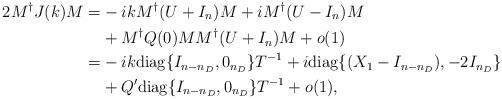
LaTeX: \begin{align*} 2 M^\dag J(k) M=&-{ik} M^\dag(U+I_n) M+iM^\dag(U-I_n) M\\&+M^\dag Q(0)M M^\dag(U+I_n) M+o(1)\\ =&-ik{\rm diag}\{I_{n-n_D},0_{n_D}\}T^{-1}+i{\rm diag}\{(X_1-I_{n-n_D}),-2I_{n_D}\}\\&+Q'{\rm diag}\{I_{n-n_D},0_{n_D}\}T^{-1}+o(1),\end{align*}